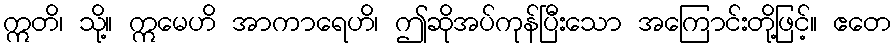
ဣတိ၊ သို့။ ဣမေဟိ အာကာရေဟိ၊ ဤဆိုအပ်ကုန်ပြီးသော အကြောင်းတို့ဖြင့်။ ဧတေ